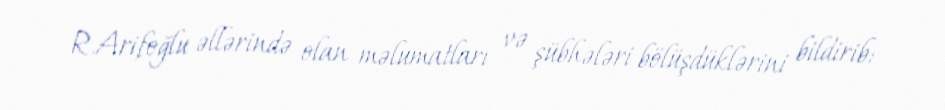
R.Arifoğlu əllərində olan məlumatları və şübhələri bölüşdüklərini bildirib: